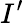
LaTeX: I^{\prime}